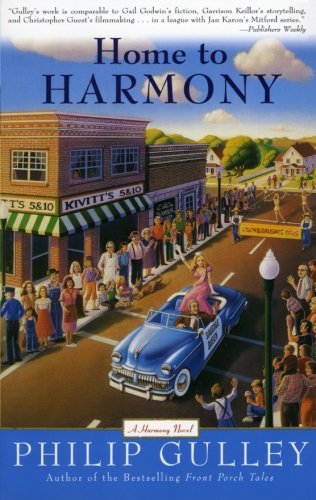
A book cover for Home to Harmony; Philip Gulley; Christian Books & Bibles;